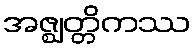
အဇ္ဈတ္တိကဿ